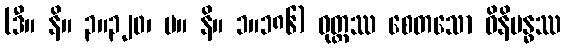
(ဒီ။ နိ။ ၃။၃၂၀၊ မ။ နိ။ ၁။၁၈၆) ဝုတ္တဿ စေတသော ဝိနိဗန္ဓဿ